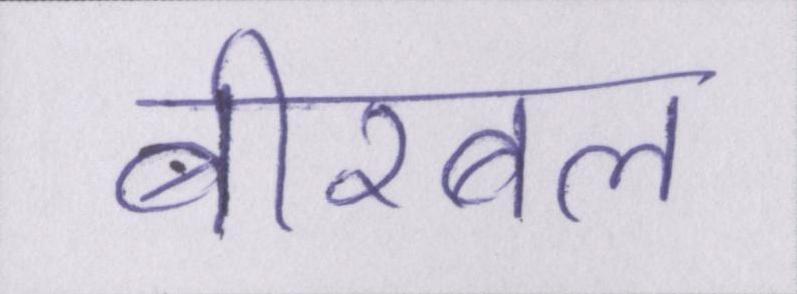
बीरबल